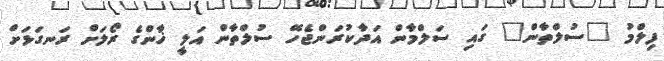
ފިލްމު "ސުލްތާން" ގައި ސަލްމާން އަދާކުރަންޖެހޭ ސުލްތާން އަލީ ޚާންގެ ރޯލަށް ރަނގަޅަށް